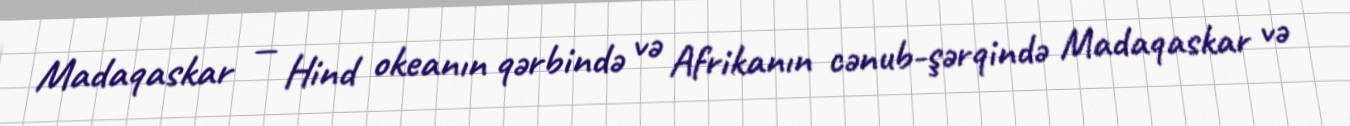
Madaqaskar — Hind okeanın qərbində və Afrikanın cənub-şərqində Madaqaskar və